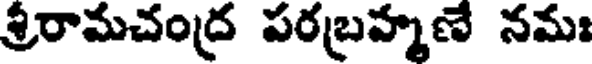
శ్రీరామచంద్ర పరబ్రహ్మణే నమః